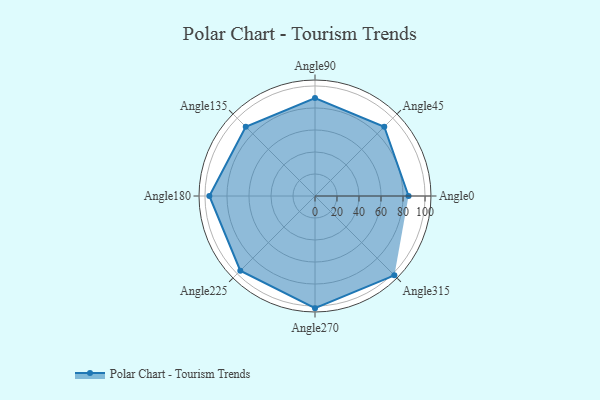
{"axis": {"x": "Angle", "y": "Radius"}, "legend": [""], "data": [{"x": "Angle0", "y": 85.0, "type": ""}, {"x": "Angle45", "y": 89.0, "type": ""}, {"x": "Angle90", "y": 89.0, "type": ""}, {"x": "Angle135", "y": 89.0, "type": ""}, {"x": "Angle180", "y": 96.0, "type": ""}, {"x": "Angle225", "y": 96.0, "type": ""}, {"x": "Angle270", "y": 102.0, "type": ""}, {"x": "Angle315", "y": 102.0, "type": ""}]}